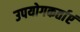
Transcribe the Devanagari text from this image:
उपयोगकर्ताएं